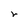
Character: r